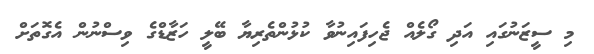
މި ސީޒަނުގައި އަދި ގޯލެއް ޖެހިފައިނުވާ ކުޅުންތެރިޔާ ބޭލީ ހަޒާޑްގެ ވިސްނުން އެގޮތަށް